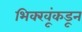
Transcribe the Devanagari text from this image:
भिक्खूंकडून